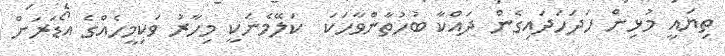
ތިޔައީ މުޅިން ހަދަހަދައިގެން ދައްކާ ބުހުތާންވާހަކަ  ކަލޭމެނަކީ މިހާރު ވަކިމީހެއްގެ އޯޑަރަށް